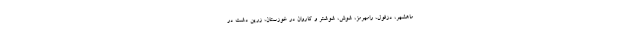
ماهشهر، دزفول، رامهرمز، شوش، شوشتر و کاروان در خوزستان، زرین دشت در